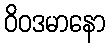
ဝိဝဒမာနော